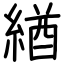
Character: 緧